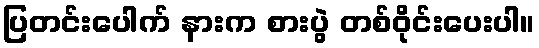
ပြတင်းပေါက် နားက စားပွဲ တစ်ဝိုင်းပေးပါ။